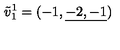
{ \tilde { v } _ { 1 } } ^ { 1 } = ( { - 1 } , \underline { { - 2 , - 1 } } )